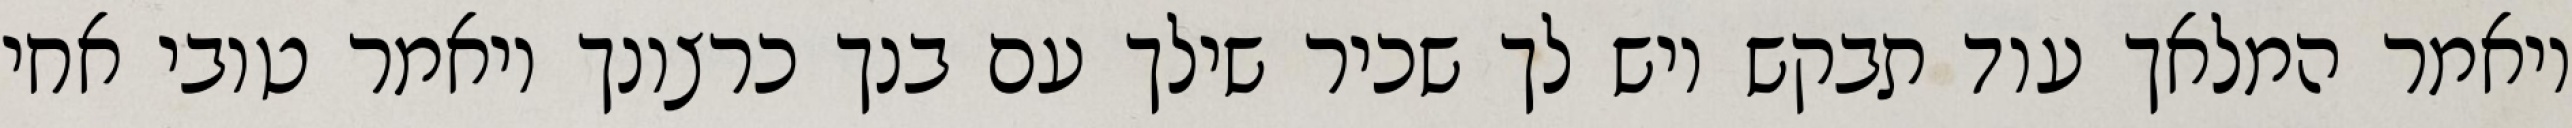
ויאמר המלאך עוד תבקש ויש לך שכיר שילך עם בנך כרצונך ויאמר טובי אחי